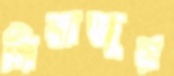
সিরাজুর